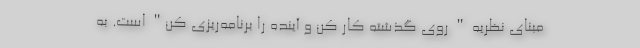
مبنای نظریه " روی گذشته کار کن و آینده را برنامه‌ریزی کن" است. به